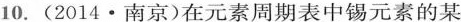
10. (2014·南京)在元素周期表中锡元素的某